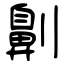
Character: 劓